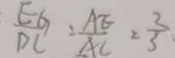
\frac { E G } { D C } = \frac { A E } { A C } = \frac { 3 } { 3 }